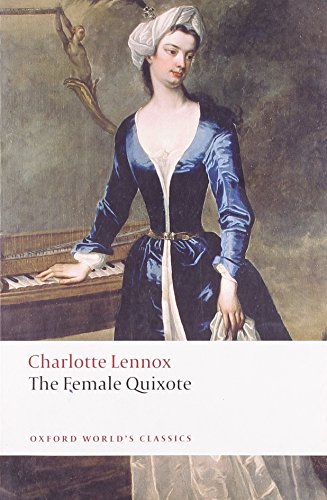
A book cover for The Female Quixote: or The Adventures of Arabella (Oxford World's Classics); Charlotte Lennox; Romance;